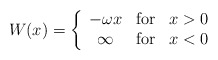
\begin{align*}W(x) = \left\{\begin{array}{cll} -\omega x & {\rm for} & x>0\\ \infty & {\rm for} & x<0 \end{array}\right.\end{align*}